Medical and sanitary report of the native army of Bengal for the year
Year: 1874
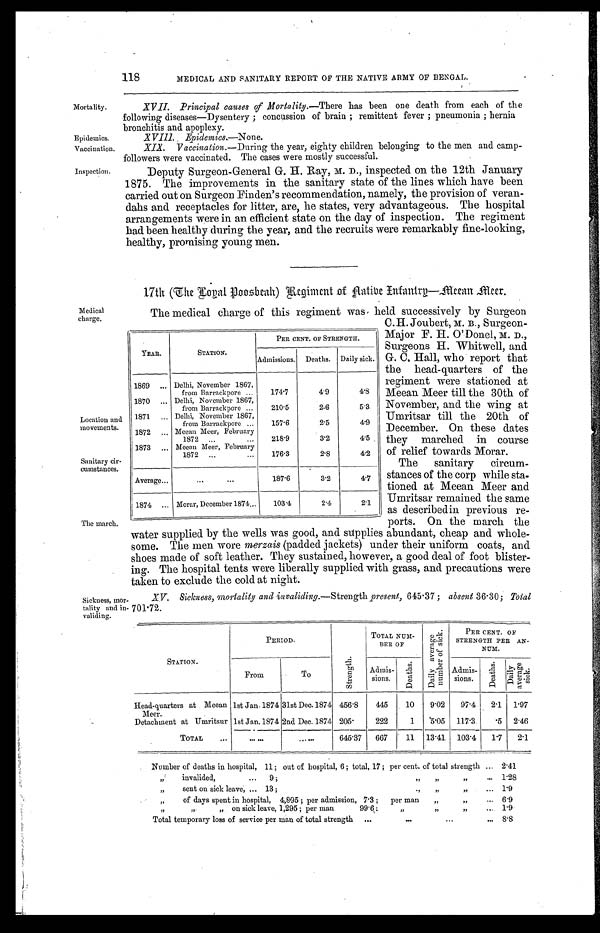
Mortality.
Epidemics.
Vaccination.
Inspection.
118
MEDICAL AND SANITARY REPORT OF THE NATIVE ARMY OF BENGAL.
XVII. Principal causes of Mortality.— There has been one death from each of the
following diseases—Dysentery ; concussion of brain ; remittent fever ; pneumonia ; hernia
bronchitis and apoplexy.
X V I I I . E p i d e m i c s . —
N o n e .
XIX. Vaccination.— During the year, eighty children belonging to the men and camp
-followers were vaccinated. The cases were mostly successful.
Deputy Surgeon-General G. H. Ray, M. D., inspected on the 12th January
1875. The improvements in the sanitary state of the lines which have been
carried out on Surgeon Finden's recommendation, namely, the provision of veran-
dahs and receptacles for litter, are, he states, very advantageous. The hospital
arrangements were in an efficient state on the day of inspection. The regiment
had been healthy during the year, and the recruits were remarkably fine-looking,
healthy, promising young men.
Medical
charge.
Location and
movements.
Sanitary cir
-cumstances.
The march.
17th (The Logal Poosbeah) Regiment of Aatibe Infandry—Meean ,Meer.
The medical charge of this regiment was held successively by Surgeon
C. H. Joubert, M. B., Surgeon-
Major F. H. O'Donel, M. D.,
Surgeons H. Whitwell, and
G. C, Hall, who report that
the head-quarters of the
regiment were stationed at
Meean Meer till the 30th of
November, and the wing at
Umritsar till the 20th of
December. On these dates
they marched in course
of relief towards Morar.
The sanitary circum-
stances of the corp while st
a-tioned at Meean Meer and
Umritsar remained the same
as describedin previous re-
ports. On the march the
water supplied by the wells was good, and supplies abundant, cheap and whole
-
some. The men wore merzais (padded jackets) under their uniform coats, and
shoes made of soft leather. They sustained, however, a good deal of foot blister
-
ing. The hospital tents were liberally supplied with grass, and precautions were
taken to exclude the cold at night.
YEAR.
STATION.
PER CENT. OF STRENGTH.
Deaths.
Daily sick.
Admissions.
1869 . . .
Delhi, November 1867,
from Barrackpore . . .
174.7
4.9
4.8
1870 . . .
Delhi, November 1867,
from Barrackpore . . .
210.5
2.6
5.3
1871 . . .
Delhi, November 1867,
from Barrackpore . . .
157.6
2.5
4.9
1872 . . .
Meean Meer, February
1872 . . .
218.9
3.2
4.5
1873 . . .
Meean Meer, February
1872 . . .
176.3
2.8
4.2
Average . . .
. . .
187.6
3.2
4.7
1874 . . .
Morar, December 1874 . . .
103.4
2.4
2.1
Sickness, mor
-
tality and in
-
validing.
XV. Sickness, mortality and invaliding.— Strength present, 645.37; absent 36.30; Total
701.72.
STATION.
PERIOD.
S t r e n g t h .
TOTAL NUM-
BER OF
D a i l y a v e r a g e n u m b e r o f s i c k .
PER CENT. OF
STRENGTH PER AN-
NUM.
From
To
Admis-
sions.
D e a t h s .
Admis-
sions.
D e a t h s .
D a i l y a v e r a g e s i c k .
Head-quarters at Meean
Meer.
1st Jan. 1874 31st Dec. 1874 456.8
445
10
9.02
97.4
2.1
1.97
Detachment at Umritsur 1st Jan. 1874 2nd Dec. 1874 205.
222
1
5.05
117.3
.5
2.46
TOTAL . . .
. . .
. . .
645.37
667
11
13.41
103.4
1.7
2.1
Number of deaths in hospital, 11; out of hospital, 6 ; total, 17 ; per cent. of total strength . . .
2.41
" invalided, . . . 9 ; " " " . . .
1.28
"
sent on sick leave, . . . 13; " " " . . .
1.9
" of days spent in hospital,
4,895; per admission, 7.3; perman
" " . . .
6.9
"on sick leave, 1,295 ; per man 99.6; " " . . .
1.9
Total temporary loss of service per man of total strength . . .
8.8